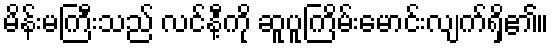
မိန်းမကြီးသည် လင်နီ့ကို ဆူပူကြိမ်းမောင်းလျက်ရှိ၏။